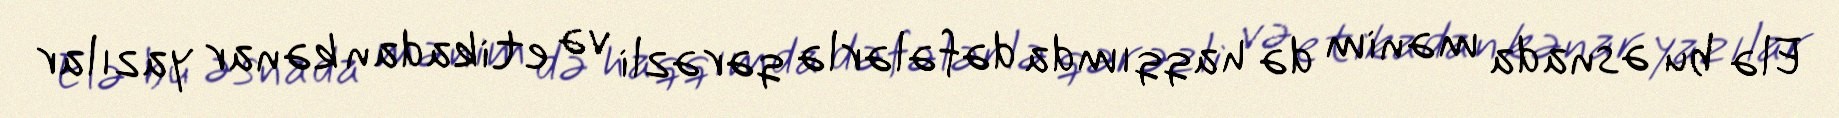
Elə bu əsnada mənim də haqqımda dəfələrlə qərəzli və etikadan kənar yazılar